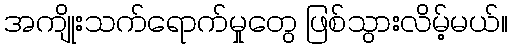
အကျိုးသက်ရောက်မှုတွေ ဖြစ်သွားလိမ့်မယ်။